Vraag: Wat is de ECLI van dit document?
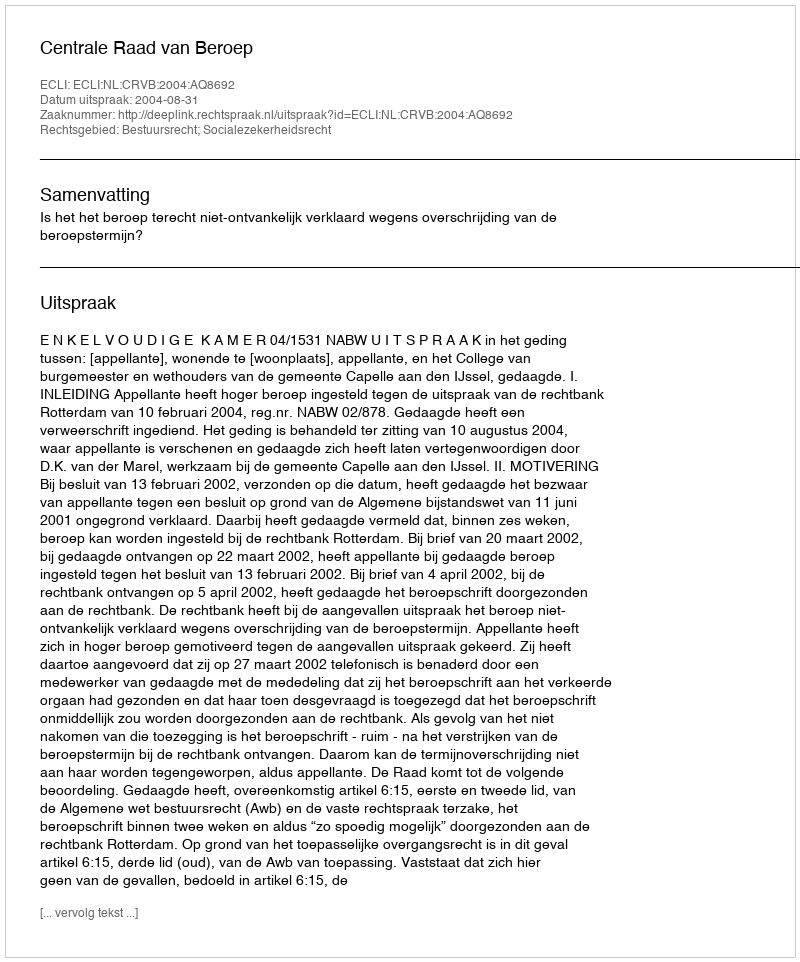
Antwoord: ECLI:NL:CRVB:2004:AQ8692